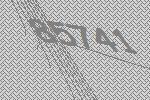
85741